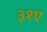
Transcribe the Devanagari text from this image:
३१ए